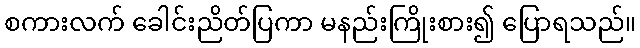
စကားလက် ခေါင်းညိတ်ပြကာ မနည်းကြိုးစား၍ ပြောရသည်။